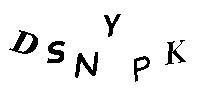
DSNYPK